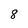
Character: 8